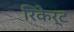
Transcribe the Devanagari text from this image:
रिकेर्ट